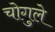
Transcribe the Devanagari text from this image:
चोगुले